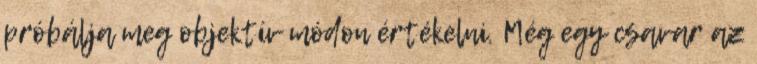
próbálja meg objektív módon értékelni. Még egy csavar az